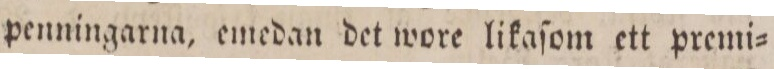
penningarna, emedan det wore likaſom ett premi=